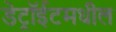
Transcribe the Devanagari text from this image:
डेट्रॉईटमधील